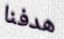
هدفنا